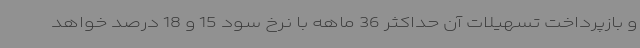
و بازپرداخت تسهیلات آن حداکثر 36 ماهه با نرخ سود 15 و 18 درصد خواهد